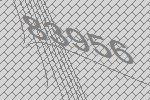
83956